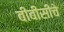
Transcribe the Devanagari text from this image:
बीबीसीचे